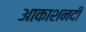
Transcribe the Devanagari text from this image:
आकाशनदी